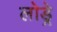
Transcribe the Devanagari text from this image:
लोड्रे